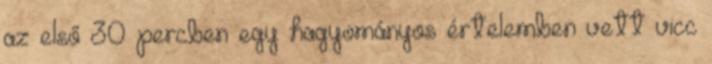
az első 30 percben egy hagyományos értelemben vett vicc